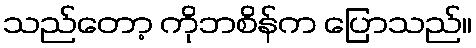
သည်တော့ ကိုဘစိန်က ပြောသည်။